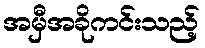
အမှီအခိုကင်းသည့်